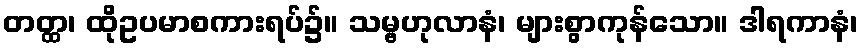
တတ္ထ၊ ထိုဥပမာစကားရပ်၌။ သမ္ဗဟုလာနံ၊ များစွာကုန်သော။ ဒါရကာနံ၊